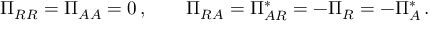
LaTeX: \Pi _ { R R } = \Pi _ { A A } = 0 \, , \qquad \Pi _ { R A } = \Pi _ { A R } ^ { * } = - \Pi _ { R } = - \Pi _ { A } ^ { * } \, .